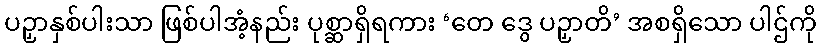
ပဉှာနှစ်ပါးသာ ဖြစ်ပါအံ့နည်း ပုစ္ဆာရှိရကား ‘တေ ဒွေ ပဉှာတိ’ အစရှိသော ပါဌ်ကို